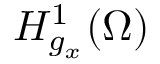
H _ { g _ { x } } ^ { 1 } ( \Omega )